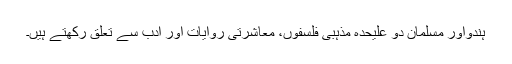
ہندواور مسلمان دو علیحدہ مذہبی فلسفوں، معاشرتی روایات اور ادب سے تعلق رکھتے ہیں۔